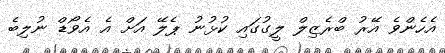
އެހެންވެ އޭރު ބްރެޒިލް ލީގުގައި ކުޅުނު ޕެލޭ އަށް އެ އެވޯޑް ނުލިބެ